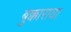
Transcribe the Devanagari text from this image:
बुक्काराया